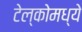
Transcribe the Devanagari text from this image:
टेल्कोमध्ये